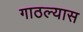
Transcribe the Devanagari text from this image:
गाठल्यास